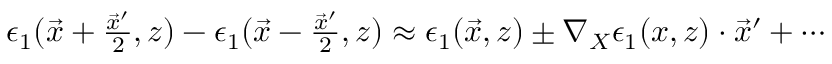
\begin{array} { r } { \epsilon _ { 1 } ( \vec { x } + \frac { \vec { x } ^ { \prime } } { 2 } , z ) - \epsilon _ { 1 } ( \vec { x } - \frac { \vec { x } ^ { \prime } } { 2 } , z ) \approx \epsilon _ { 1 } ( \vec { x } , z ) \pm \nabla _ { X } \epsilon _ { 1 } ( x , z ) \cdot \vec { x } ^ { \prime } + \cdots } \end{array}